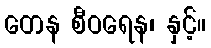
တေန စီဝရေန၊ နှင့်။